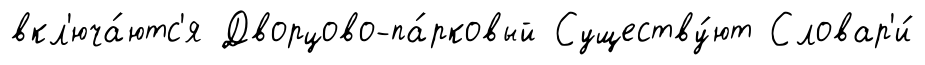
вкл'юча́ютс'я Дворцово-па́рковый Существу́ют Словар'и́